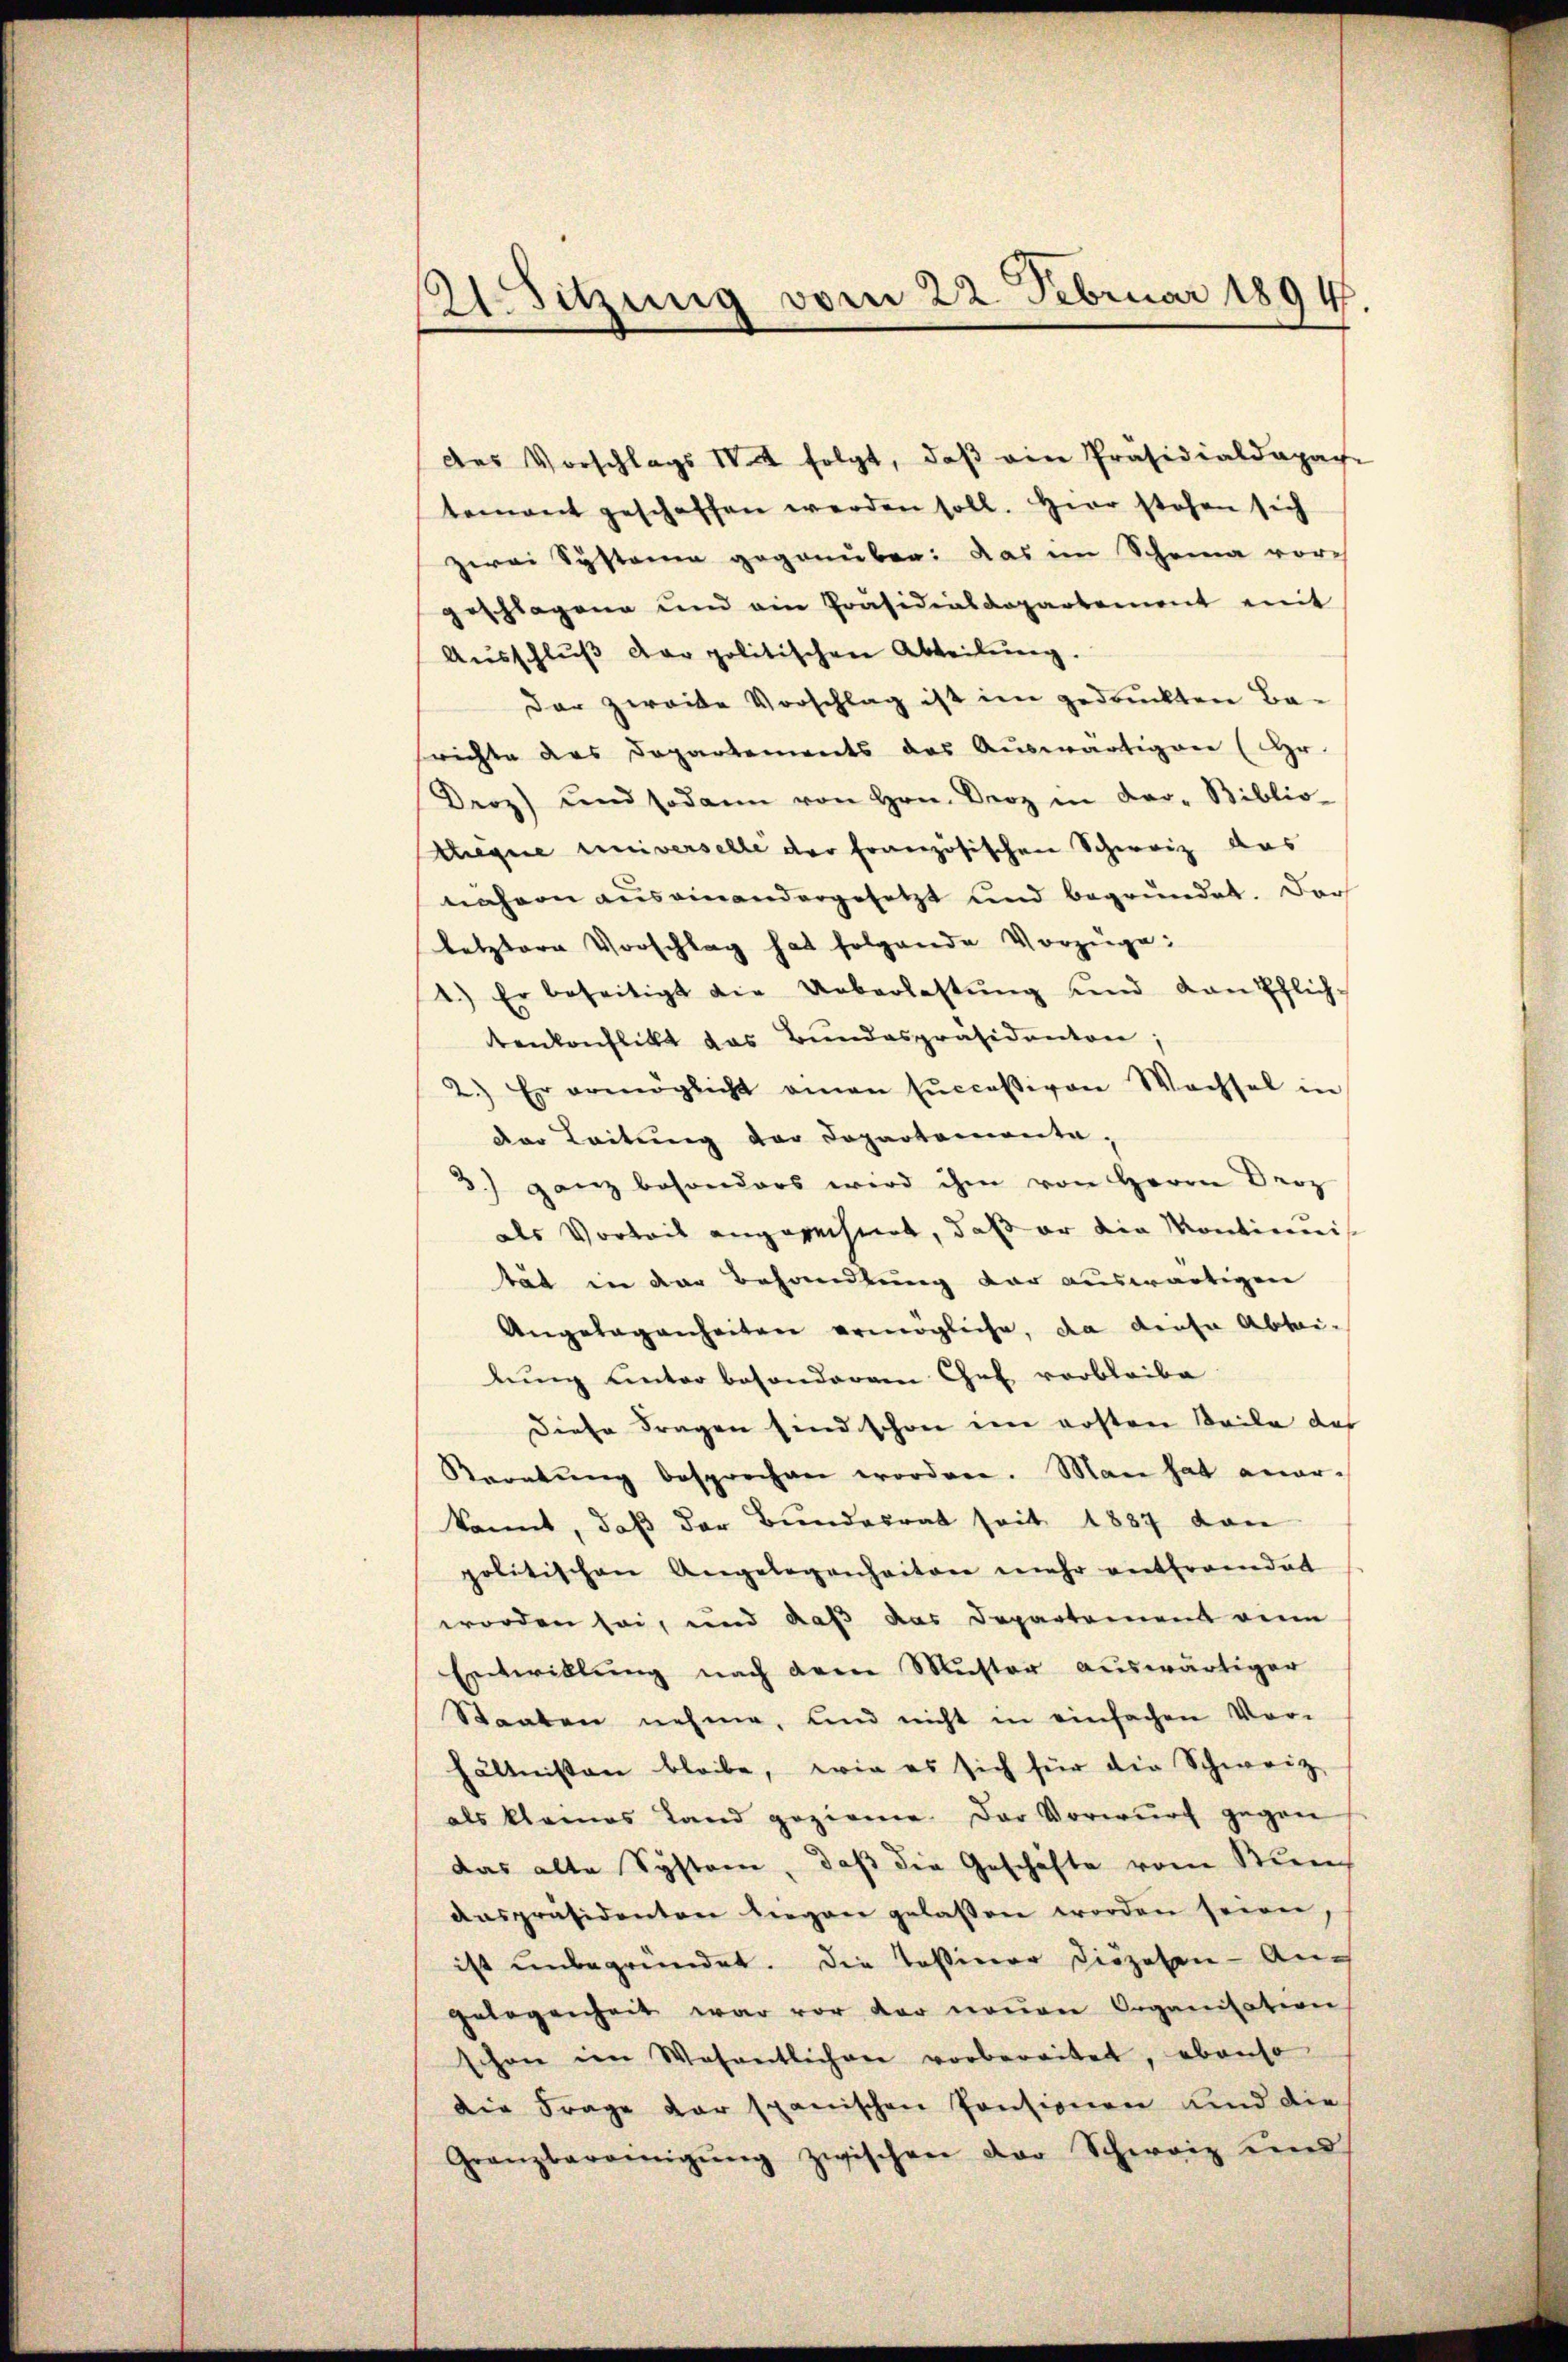
ASitzung vom 22. Februar 1894.

des Vorschlags 12 folgt, daβ ein Präsidialdapage
tement geschaffen werden soll. Herr stehen sich
zwei Systemen gegenüber: Das im Scheina vorgeschlagene und ein Präsidialkopartement mit
Aŭsschlŭβ der politischen Abteilŭng.
Der zweite Vorschlag ist im gedruckten Ba-
richte das Departements des Auswärtigen (Hr.
Droz) und sodann von Hrn. Broz in dar- Biblio-
Megne universelle der Französischen Schweiz das
nahen aus einandergesetzt und begründet. Dar
letztere Vorschlag hat folgende Vorzüge:
1.) Er beseitigt die Ueberlastŭng und dan Pflich-
tenkonflikt das Bundespräsidenten;
2.) Er ermöglicht einen Euccessiven Wachsel in
der Leitung der Departemente.
3) ganz besonders wird ihm von Herrn Droz
als Vorteil angerechnet, daß er die Montinis
tät in der Behandlung dar auswärtigen
Angelegenheitere ermögliche, da diese Ablei-
lung unter besonderem Chef verbleibe
diese Fragen sind schon in ersten Beile des
Karatung besprochen worden. Man hat aner-
kannt, daß der Bundesrat seit 1887 dan
politischen Angelegenheiten mehr entbrandat
worden sei, und daß das Departement ein
Entwillung nach dem Muster auswärtiger
Staaten nehme, und nicht in einfachen Vor-
hältnissen bleibe, wie es sich für die Schweiz
als kleines Land gezieme der Vorwurf gegen
das alte System, daß die Geschäfte vom Stunaaspräsidenten liegen gelassen worden seien
ist unbegründet. Die Tessiner Diözesen Angelegenheit war vor der neuen Organisation
schöne im Wesentlichen vorbereitet, ebenso
die Frage der spanischen Pensionen und die
Granzbereinigŭng zwischen der Schweiz und